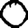
Digit: 0